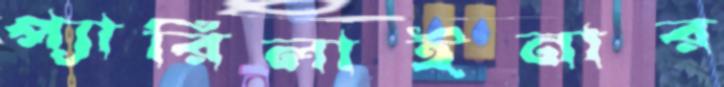
প্যারিলাইনার